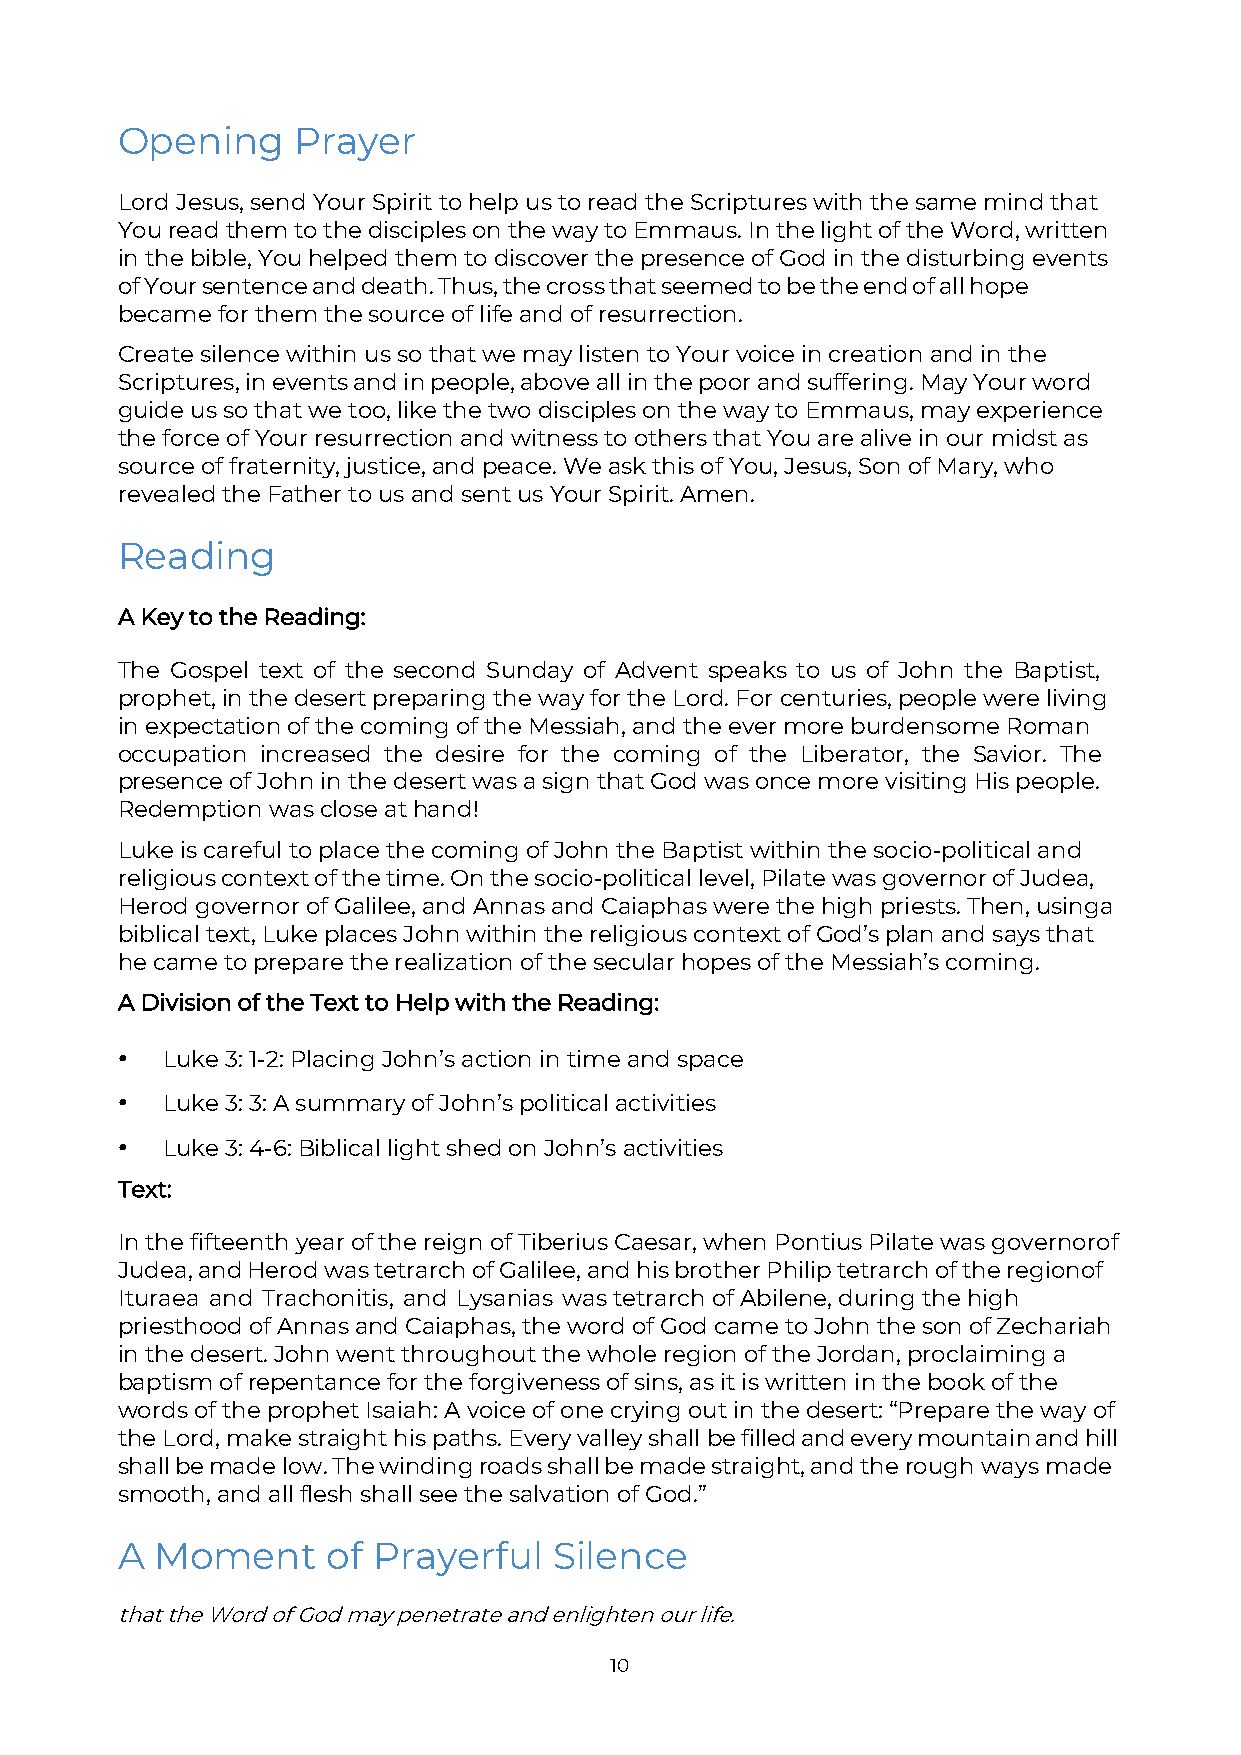
Opening    Prayer
 Lord Jesus, send Your Spirit to help us to read the Scriptures with the same mind that
 You read them to the disciples on the way to Emmaus. In the light of the Word, written
 in the bible, You helped them to discover the presence of God in the disturbing events
 of Your sentence and death. Thus, the cross that seemed to be the end of all hope
 became for them the source of life and of resurrection.
 Create silence within us so that we may listen to Your voice in creation and in the
 Scriptures, in events and in people, above all in the poor and suffering. May Your word
 guide us so that we too, like the two disciples on the way to Emmaus, may experience
 the force of Your resurrection and witness to others that You are alive in our midst as
 source of fraternity, justice, and peace. We ask this of You, Jesus, Son of Mary, who
 revealed the Father to us and sent us Your Spirit. Amen.
 Reading
 A Key to the Reading:
 The Gospel text of the second Sunday of Advent speaks to us of John the Baptist,
 prophet, in the desert preparing the way for the Lord. For centuries, people were living
 in expectation of the coming of the Messiah, and the ever more burdensome Roman
 occupation increased the desire for the coming of the Liberator, the Savior. The
 presence of John in the desert was a sign that God was once more visiting His people.
 Redemption was close at hand!
 Luke is careful to place the coming of John the Baptist within the socio-political and
 religious context of the time. On the socio-political level, Pilate was governor of Judea,
 Herod governor of Galilee, and Annas and Caiaphas were the high priests. Then, using a
 biblical text, Luke places John within the religious context of God’s plan and says that
 he came to prepare the realization of the secular hopes of the Messiah’s coming.
 A Division of the Text to Help with the Reading:
 •  Luke 3: 1-2: Placing John’s action in time and space
 •  Luke 3: 3: A summary of John’s political activities
 •  Luke 3: 4-6: Biblical light shed on John’s activities
 Text:
 In the fifteenth year of the reign of Tiberius Caesar, when Pontius Pilate was governor of
 Judea, and Herod was tetrarch of Galilee, and his brother Philip tetrarch of the region of
 Ituraea and Trachonitis, and Lysanias was tetrarch of Abilene, during the high
 priesthood of Annas and Caiaphas, the word of God came to John the son of Zechariah
 in the desert. John went throughout the whole region of the Jordan, proclaiming a
 baptism of repentance for the forgiveness of sins, as it is written in the book of the
 words of the prophet Isaiah: A voice of one crying out in the desert: “Prepare the way of
 the Lord, make straight his paths. Every valley shall be filled and every mountain and hill
 shall be made low. The winding roads shall be made straight, and the rough ways made
 smooth, and all flesh shall see the salvation of God.”
 A Moment      of Prayerful   Silence
 that the Word of God may penetrate and enlighten our life.
 10